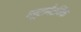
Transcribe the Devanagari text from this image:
ग्लूटामैटर्जिक